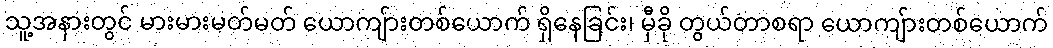
သူ့အနားတွင် မားမားမတ်မတ် ယောကျ်ားတစ်ယောက် ရှိနေခြင်း၊ မှီခို တွယ်တာစရာ ယောကျ်ားတစ်ယောက်